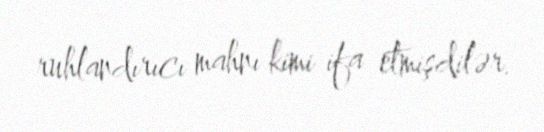
ruhlandırıcı mahnı kimi ifa etmişdilər.